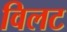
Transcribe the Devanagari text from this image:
विलट